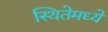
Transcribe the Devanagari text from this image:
स्थितेमध्ये